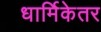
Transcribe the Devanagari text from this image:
धार्मिकेतर